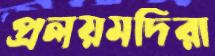
প্রলয়মদিরা